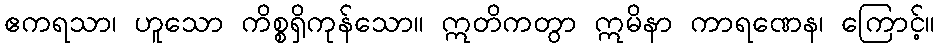
ဧကရသာ၊ ဟူသော ကိစ္စရှိကုန်သော။ ဣတိကတွာ ဣမိနာ ကာရဏေန၊ ကြောင့်။